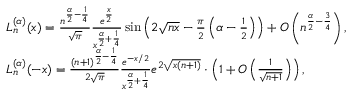
{ \begin{array} { r l } & { L _ { n } ^ { ( \alpha ) } ( x ) = { \frac { n ^ { { \frac { \alpha } { 2 } } - { \frac { 1 } { 4 } } } } { \sqrt { \pi } } } { \frac { e ^ { \frac { x } { 2 } } } { x ^ { { \frac { \alpha } { 2 } } + { \frac { 1 } { 4 } } } } } \sin \left( 2 { \sqrt { n x } } - { \frac { \pi } { 2 } } \left( \alpha - { \frac { 1 } { 2 } } \right) \right) + O \left( n ^ { { \frac { \alpha } { 2 } } - { \frac { 3 } { 4 } } } \right) , } \\ & { L _ { n } ^ { ( \alpha ) } ( - x ) = { \frac { ( n + 1 ) ^ { { \frac { \alpha } { 2 } } - { \frac { 1 } { 4 } } } } { 2 { \sqrt { \pi } } } } { \frac { e ^ { - x / 2 } } { x ^ { { \frac { \alpha } { 2 } } + { \frac { 1 } { 4 } } } } } e ^ { 2 { \sqrt { x ( n + 1 ) } } } \cdot \left( 1 + O \left( { \frac { 1 } { \sqrt { n + 1 } } } \right) \right) , } \end{array} }